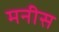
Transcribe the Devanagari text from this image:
मनीस